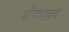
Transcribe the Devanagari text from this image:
गौणवाक्ये